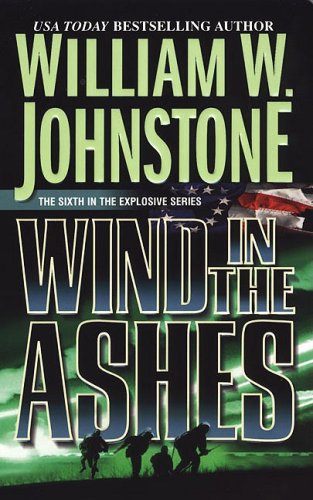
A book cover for Wind In The Ashes; William W. Johnstone; Literature & Fiction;